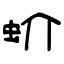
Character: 蚧